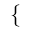
\mathopen { } \mathclose \bgroup \left\{ \begin{array} { r l } \end{array} \aftergroup \egroup \right.